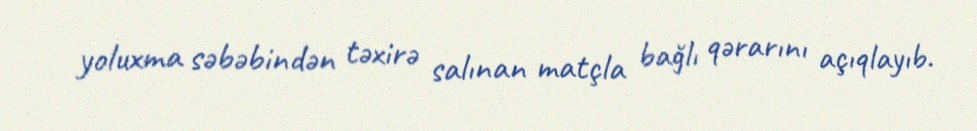
yoluxma səbəbindən təxirə salınan matçla bağlı qərarını açıqlayıb.